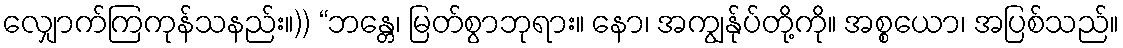
လျှောက်ကြကုန်သနည်း။)) “ဘန္တေ၊ မြတ်စွာဘုရား။ နော၊ အကျွန်ုပ်တို့ကို။ အစ္စယော၊ အပြစ်သည်။